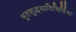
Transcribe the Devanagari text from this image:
भूतशुद्धयादिभिर्विना